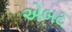
એબટ